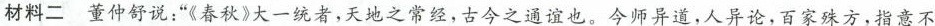
材料二 董仲舒说：”《春秋》大一统者，天地之常经，古今之通谊也。今师异道，人异论，百家殊方，指意不